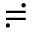
\risingdotseq